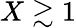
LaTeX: X\gtrsim 1